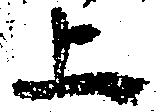
上